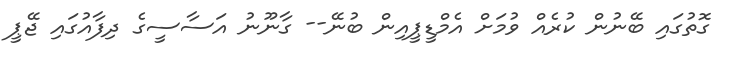
ގޮތުގައި ބޭނުން ކުރެއް ވުމަށް އެމްޑީޕީއިން ބުނޭ-- ގާނޫނު އަސާސީގެ ދިފާއުގައި ޖޭޕީ